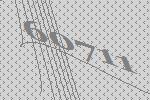
60711